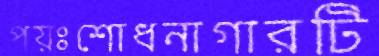
পয়ঃশোধনাগারটি